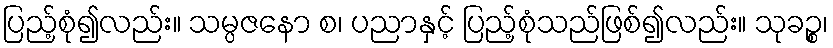
ပြည့်စုံ၍လည်း။ သမ္ပဇနော စ၊ ပညာနှင့် ပြည့်စုံသည်ဖြစ်၍လည်း။ သုခဉ္စ၊